Lunatic asylums United Provinces 1899-1908 - 1899-1908
Year: 1899
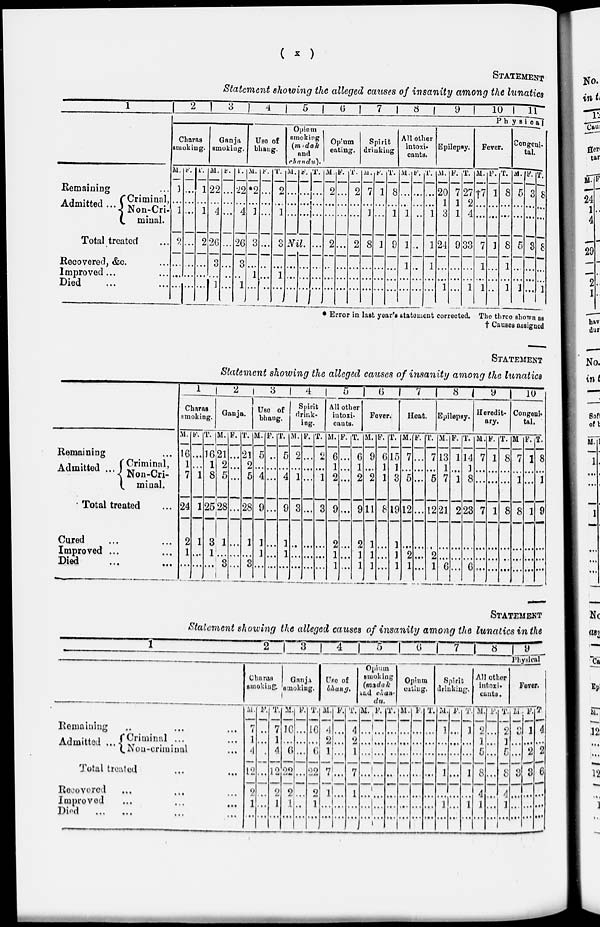
(
x)
STATEMENT
Statement showing the alleged causes of insanity among the lunatics
1
Remaining
...
Admitted ... Criminal,
Non-Cri-
minal.
Total treated ...
Recovered, &c. ...
Improved ... ...
Died ... ...
2
3
4
5
6
7
8
9
10
11
Physical
Charas
smoking.
M.
3
...
1
2
...
...
....
F.
...
...
...
...
...
...
...
T.
1
...
1
2
...
...
...
Ganja
smoking.
M.
22
...
4
26
3
...
1
F.
...
...
...
...
...
...
...
T.
22
...
4
26
3
...
1
Use of
bhang.
M.
*2
...
...
3
...
1
...
F.
...
...
...
...
...
...
...
T.
2
...
1
3
...
1
...
Opium
smoking
(madak
and
chandu).
M.
...
...
...
F.
...
...
...
Nil.
...
...
...
...
...
...
T.
...
...
...
...
...
...
...
Opium
eating.
M.
2
...
...
2
...
...
...
F.
...
...
...
...
...
...
...
T.
2
...
...
2
...
...
...
Spirit
drinking
M.
7
...
1
8
...
...
...
F.
1
...
...
1
...
...
...
T.
8
...
1
9
...
...
...
All other
intoxi-
cants.
M.
...
...
1
1
1
...
...
F.
...
...
...
...
...
...
...
T.
...
...
1
1
1
...
...
Epilepsy.
M.
20
1
3
24
...
...
1
F.
7
1
1
9
...
...
...
T.
27
2
4
33
...
...
1
Fever.
M.
†7
...
...
7
1
...
1
F.
1
...
...
1
...
...
...
T.
8
...
...
8
1
...
1
Congeni-
tal.
M.
5
...
...
5
...
...
1
F.
3
...
...
3
...
...
...
T.
8
...
...
8
...
...
1
*Error in last year's statement corrected. The three shown as
† Causes assigned
STATEMENT
Statement showing the alleged causes of insanity among the lunatics
Remaining ...
Admitted ... Criminal,
Non-Cri-
minal.
Total treated ...
Cured ... ...
Improved ... ...
Died ... ...
1
Charas
smoking.
M.
16
1
7
24
2
1
...
F.
...
...
1
1
1
...
...
T.
16
1
8
25
3
1
...
2
Ganja.
M.
21
2
5
28
1
...
3
F.
...
...
...
...
...
...
...
T.
21
2
5
28
1
...
3
3
Use of
bhang.
M.
5
...
4
9
1
1
...
F.
...
...
...
...
...
...
...
T.
5
...
4
9
1
1
...
4
Spirit
drink-
ing.
M.
2
...
1
3
...
...
...
F.
...
...
...
...
...
...
...
T.
2
...
1
3
...
...
...
5
All other
intoxi-
cants.
M.
6
1
2
9
2
1
1
F.
...
...
...
...
...
...
...
T.
6
1
2
9
2
1
1
6
Fever.
M.
9
...
2
11
1
1
1
F.
6
1
1
8
...
...
...
T.
15
1
3
19
1
1
1
7
Heat.
M.
7
...
5
12
...
2
1
F.
...
...
...
...
...
...
...
T.
7
...
5
12
...
2
1
8
Epilepsy.
M.
13
1
7
21
...
...
6
F.
1
...
1
2
...
...
...
T.
14
1
8
23
...
...
6
9
Heredit-
ary.
M.
7
...
...
7
...
...
...
F.
1
...
...
1
...
...
...
T.
8
...
...
8
...
...
...
10
Congeni-
tal.
M
7
...
1
8
...
...
...
F.
1
...
...
1
...
...
...
T.
8
...
1
9
...
...
...
STATEMENT
Statement showing the alleged causes of insanity among the lunatics in the
1
2
3
4
5
6
7 8
9
Physical
Remaining ... ... ...
Admitted ... Criminal ...
Non-criminal ...
Total treated ... ...
Recovered ... ... ...
Improved ... ... ...
Died ... ... ... ...
Charas
smoking.
M.
7
1
4
12
2
1
...
F.
...
...
...
...
...
...
...
T.
7
1
4
12
2
1
...
Ganja
smoking.
M.
16
...
6
22
2
1
...
F.
...
...
...
...
...
...
...
T.
16
...
6
22
2
1
...
Use of
bhang.
M.
4
2
1
7
1
...
...
F.
...
...
...
...
...
...
...
T.
4
2
1
7
1
...
...
Opium
smoking
(madak
and chan-
du.
M.
...
...
...
...
...
...
...
F.
...
...
...
...
...
...
...
T.
...
...
...
...
...
...
...
Opium
eating.
M.
...
...
...
...
...
...
...
F.
...
...
...
...
...
...
...
T.
...
...
...
...
...
...
...
Spirit
drinking.
M.
1
...
...
1
...
1
...
F.
...
...
...
...
...
...
...
T.
1
...
...
1
...
1
...
All other
intoxi-
cunts.
M.
2
1
5
8
4
1
...
F.
...
...
...
...
...
...
...
T.
2
1
5
8
4
1
...
Fever.
M.
3
...
...
3
...
...
...
F.
1
...
2
3
...
...
...
T.
4
...
2
6
...
...
...